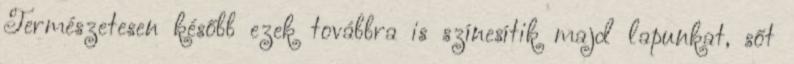
Természetesen később ezek továbbra is színesítik majd lapunkat, sőt